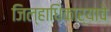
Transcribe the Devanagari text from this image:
जिल्हाधिकाऱ्याचे